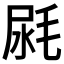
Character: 𣭼